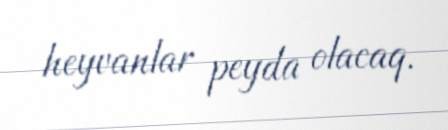
heyvanlar peyda olacaq.